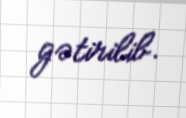
gətirilib.